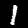
Label: 1